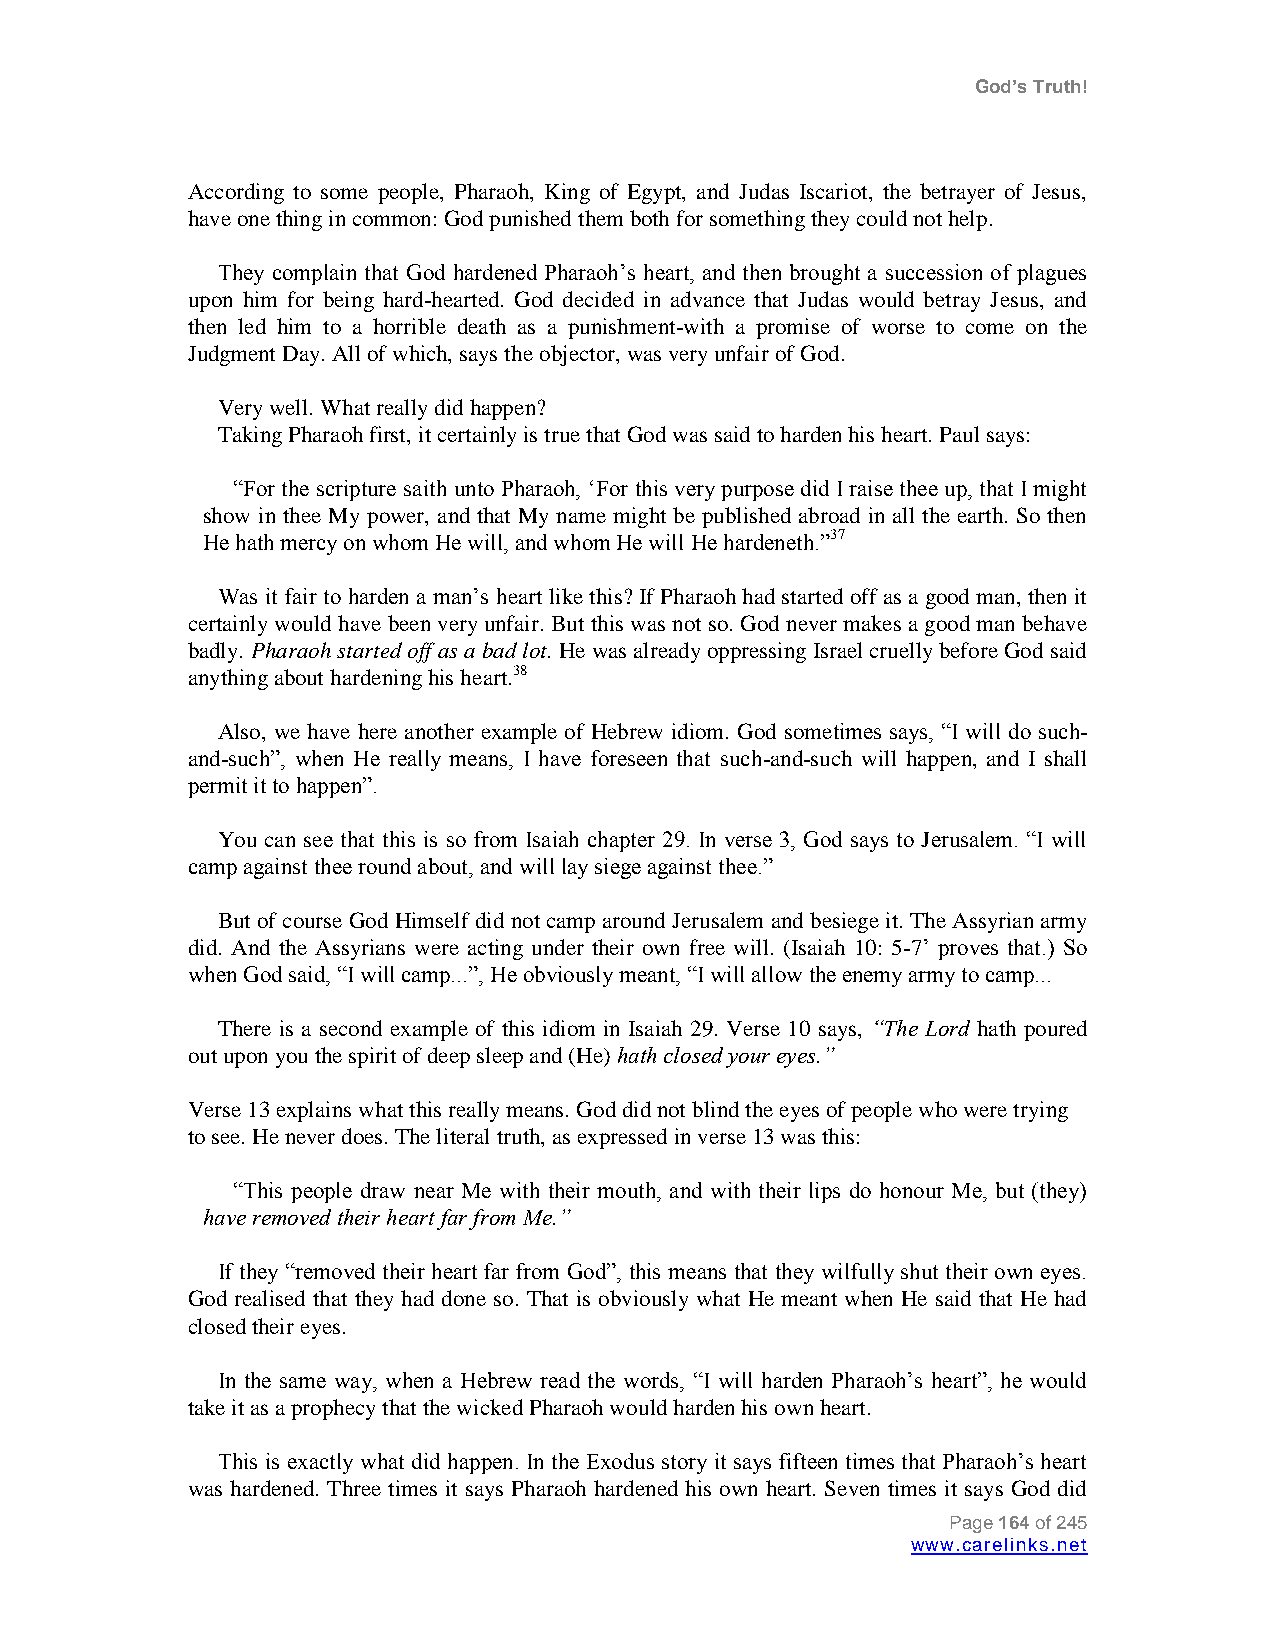
God’s Truth!
 According to some people, Pharaoh, King of Egypt, and Judas Iscariot, the betrayer of Jesus,
 have one thing in common: God punished them both for something they could not help.
 They complain that God hardened Pharaoh‟s heart, and then brought a succession of plagues
 upon him for being hard-hearted. God decided in advance that Judas would betray Jesus, and
 then led him to a horrible death as a punishment-with a promise of worse to come on the
 Judgment Day. All of which, says the objector, was very unfair of God.
 Very well. What really did happen?
 Taking Pharaoh first, it certainly is true that God was said to harden his heart. Paul says:
 “For the scripture saith unto Pharaoh, „For this very purpose did I raise thee up, that I might
 show in thee My power, and that My name might be published abroad in all the earth. So then
 He hath mercy on whom He will, and whom He will He hardeneth.”37
 Was it fair to harden a man‟s heart like this? If Pharaoh had started off as a good man, then it
 certainly would have been very unfair. But this was not so. God never makes a good man behave
 badly. Pharaoh started off as a bad lot. He was already oppressing Israel cruelly before God said
 anything about hardening his heart.38
 Also, we have here another example of Hebrew idiom. God sometimes says, “I will do such-
 and-such”, when He really means, I have foreseen that such-and-such will happen, and I shall
 permit it to happen”.
 You can see that this is so from Isaiah chapter 29. In verse 3, God says to Jerusalem. “I will
 camp against thee round about, and will lay siege against thee.”
 But of course God Himself did not camp around Jerusalem and besiege it. The Assyrian army
 did. And the Assyrians were acting under their own free will. (Isaiah 10: 5-7‟ proves that.) So
 when God said, “I will camp...”, He obviously meant, “I will allow the enemy army to camp...
 There is a second example of this idiom in Isaiah 29. Verse 10 says, “The Lord hath poured
 out upon you the spirit of deep sleep and (He) hath closed your eyes.”
 Verse 13 explains what this really means. God did not blind the eyes of people who were trying
 to see. He never does. The literal truth, as expressed in verse 13 was this:
 “This people draw near Me with their mouth, and with their lips do honour Me, but (they)
 have removed their heart far from Me.”
 If they “removed their heart far from God”, this means that they wilfully shut their own eyes.
 God realised that they had done so. That is obviously what He meant when He said that He had
 closed their eyes.
 In the same way, when a Hebrew read the words, “I will harden Pharaoh‟s heart”, he would
 take it as a prophecy that the wicked Pharaoh would harden his own heart.
 This is exactly what did happen. In the Exodus story it says fifteen times that Pharaoh‟s heart
 was hardened. Three times it says Pharaoh hardened his own heart. Seven times it says God did
 Page 164 of 245
 www.carelinks.net